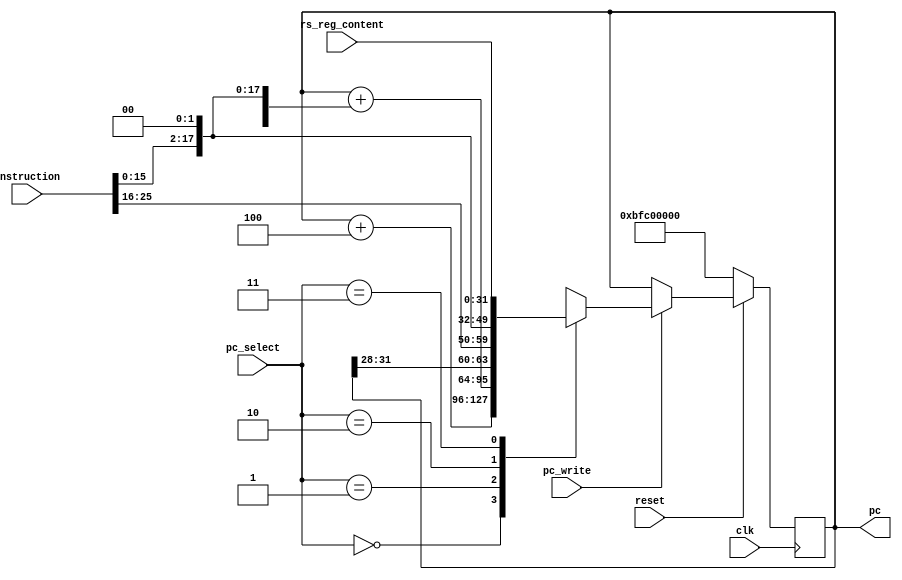
`timescale 1ns / 1ps
//////////////////////////////////////////////////////////////////////////////////
// Company: 
// Engineer: 
// 
// Design Name: 
// Module Name: PC_caculator
// Project Name: 
// Target Devices: 
// Tool Versions: 
// Description: 
// 
// Dependencies: 
// 
// Revision:
// Revision 0.01 - File Created
// Additional Comments:
// 
//////////////////////////////////////////////////////////////////////////////////


module PC_caculator(
					//input signals
					input clk,
					input reset,
					input [31:0] instruction,
					input [31:0] rs_reg_content,
					//control signals
					input [1:0] pc_select,
					input pc_write,
					//output signals
					output reg [31:0] pc
    );

		parameter reset_address = 32'hbfc00000;
		parameter regular_pc = 2'b00;
		parameter imm_extend = 2'b01;
		parameter middle_extend = 2'b10;
		parameter regfile_to_pc = 2'b11;

		always @(posedge clk) begin
			if(reset == 0)
				pc <= reset_address;
			else if(pc_write == 1) begin
				case(pc_select)
				regular_pc:
					pc <= pc + 32'd4;
				imm_extend:
				    pc <= pc + ({{16{instruction[15]}},instruction[15:0]}<<2);
				middle_extend:
					pc <= {pc[31:28],instruction[25:0],2'b00};
				regfile_to_pc:
					pc <= rs_reg_content;
			     default:
			         pc <= pc;
				endcase
				end
			else 
				pc <= pc;
		end
endmodule